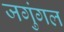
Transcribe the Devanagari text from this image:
जगुंगल